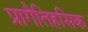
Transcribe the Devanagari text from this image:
प्रागैतिहसिक